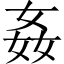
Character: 姦